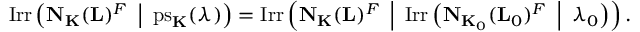
\mathrm { I r r } \left( { \mathbf { N } } _ { \mathbf { K } } ( { \mathbf { L } } ) ^ { F } \enspace \middle | \enspace \mathrm { p s } _ { \mathbf { K } } ( \lambda ) \right) = \mathrm { I r r } \left( { \mathbf { N } } _ { { \mathbf { K } } } ( { \mathbf { L } } ) ^ { F } \enspace \middle | \enspace \mathrm { I r r } \left( { \mathbf { N } } _ { { \mathbf { K } } _ { 0 } } ( { \mathbf { L } } _ { 0 } ) ^ { F } \enspace \middle | \enspace \lambda _ { 0 } \right) \right) .